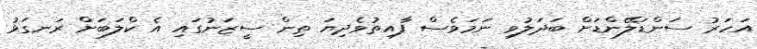
އަހަރު ސަންޑަލޭންޑަށް ބަދަލުވި ނަމަވެސް ފާއިތުވެދިޔަ ތިން ސީޒަނުގައި އެ ކްލަބަށް ރަނގަޅު